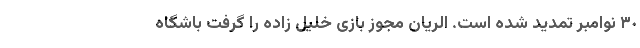
٣٠ نوامبر تمدید شده است. الریان مجوز بازی خلیل زاده را گرفت باشگاه